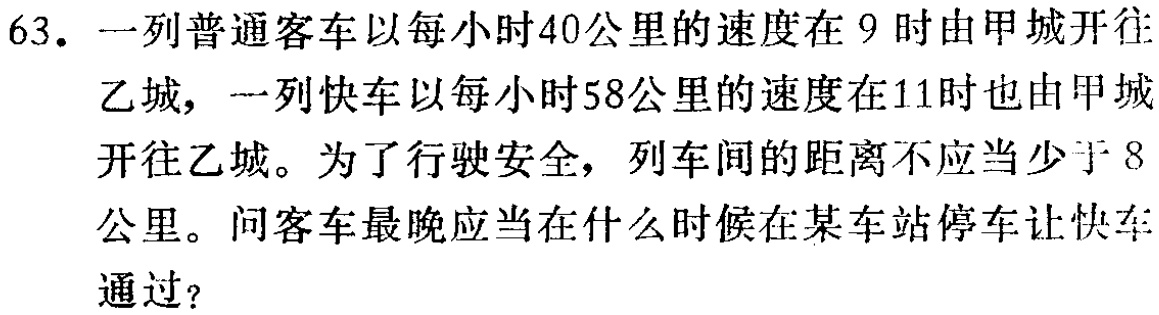
63. 一列普通客车以每小时40公里的速度在9时由甲城开往乙城，一列快车以每小时58公里的速度在11时也由甲城开往乙城。为了行驶安全，列车间的距离不应当少于8公里。问客车最晚应当在什么时候在某车站停车让快车通过？